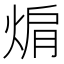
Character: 𭵅